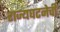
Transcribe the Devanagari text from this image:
राज्यघटनेची